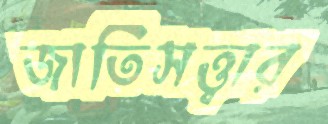
জাতিসত্ত্বার